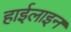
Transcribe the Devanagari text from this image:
हाईलाइन